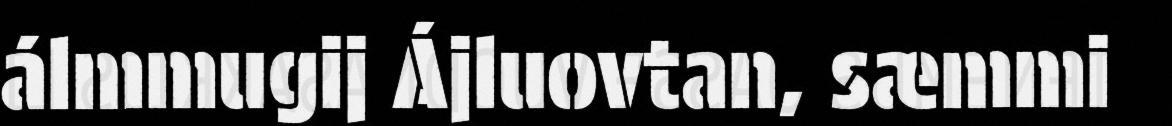
álmmugij Ájluovtan, sæmmi